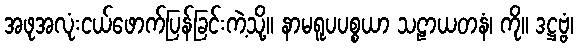
အဖုအလုံးငယ်ဖောက်ပြန်ခြင်းကဲ့သို့။ နာမရူပပစ္စယာ သဠာယတနံ၊ ကို။ ဒဋ္ဌဗ္ဗံ၊